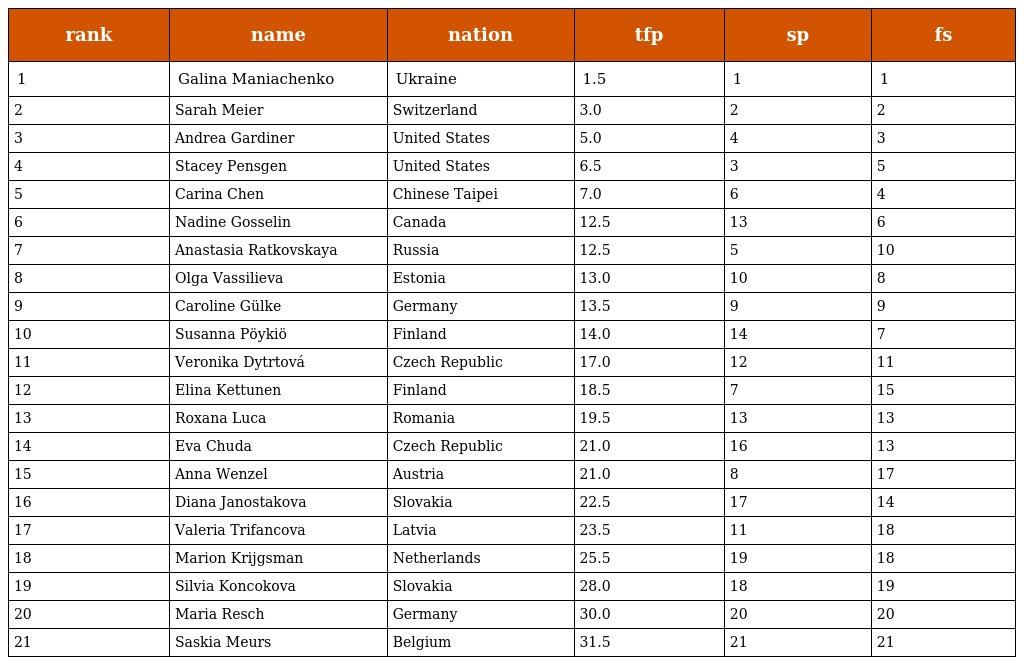
| rank | name | nation | tfp | sp | fs |
 | --- | --- | --- | --- | --- | --- |
 | 1 | Galina Maniachenko | Ukraine | 1.5 | 1 | 1 |
 | 2 | Sarah Meier | Switzerland | 3.0 | 2 | 2 |
 | 3 | Andrea Gardiner | United States | 5.0 | 4 | 3 |
 | 4 | Stacey Pensgen | United States | 6.5 | 3 | 5 |
 | 5 | Carina Chen | Chinese Taipei | 7.0 | 6 | 4 |
 | 6 | Nadine Gosselin | Canada | 12.5 | 13 | 6 |
 | 7 | Anastasia Ratkovskaya | Russia | 12.5 | 5 | 10 |
 | 8 | Olga Vassilieva | Estonia | 13.0 | 10 | 8 |
 | 9 | Caroline Gülke | Germany | 13.5 | 9 | 9 |
 | 10 | Susanna Pöykiö | Finland | 14.0 | 14 | 7 |
 | 11 | Veronika Dytrtová | Czech Republic | 17.0 | 12 | 11 |
 | 12 | Elina Kettunen | Finland | 18.5 | 7 | 15 |
 | 13 | Roxana Luca | Romania | 19.5 | 13 | 13 |
 | 14 | Eva Chuda | Czech Republic | 21.0 | 16 | 13 |
 | 15 | Anna Wenzel | Austria | 21.0 | 8 | 17 |
 | 16 | Diana Janostakova | Slovakia | 22.5 | 17 | 14 |
 | 17 | Valeria Trifancova | Latvia | 23.5 | 11 | 18 |
 | 18 | Marion Krijgsman | Netherlands | 25.5 | 19 | 18 |
 | 19 | Silvia Koncokova | Slovakia | 28.0 | 18 | 19 |
 | 20 | Maria Resch | Germany | 30.0 | 20 | 20 |
 | 21 | Saskia Meurs | Belgium | 31.5 | 21 | 21 |